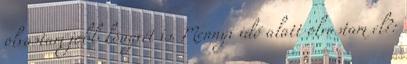
olvastam jobb könyvét is. Mennyi idő alatt olvastam el?: